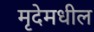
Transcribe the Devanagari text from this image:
मृदेमधील